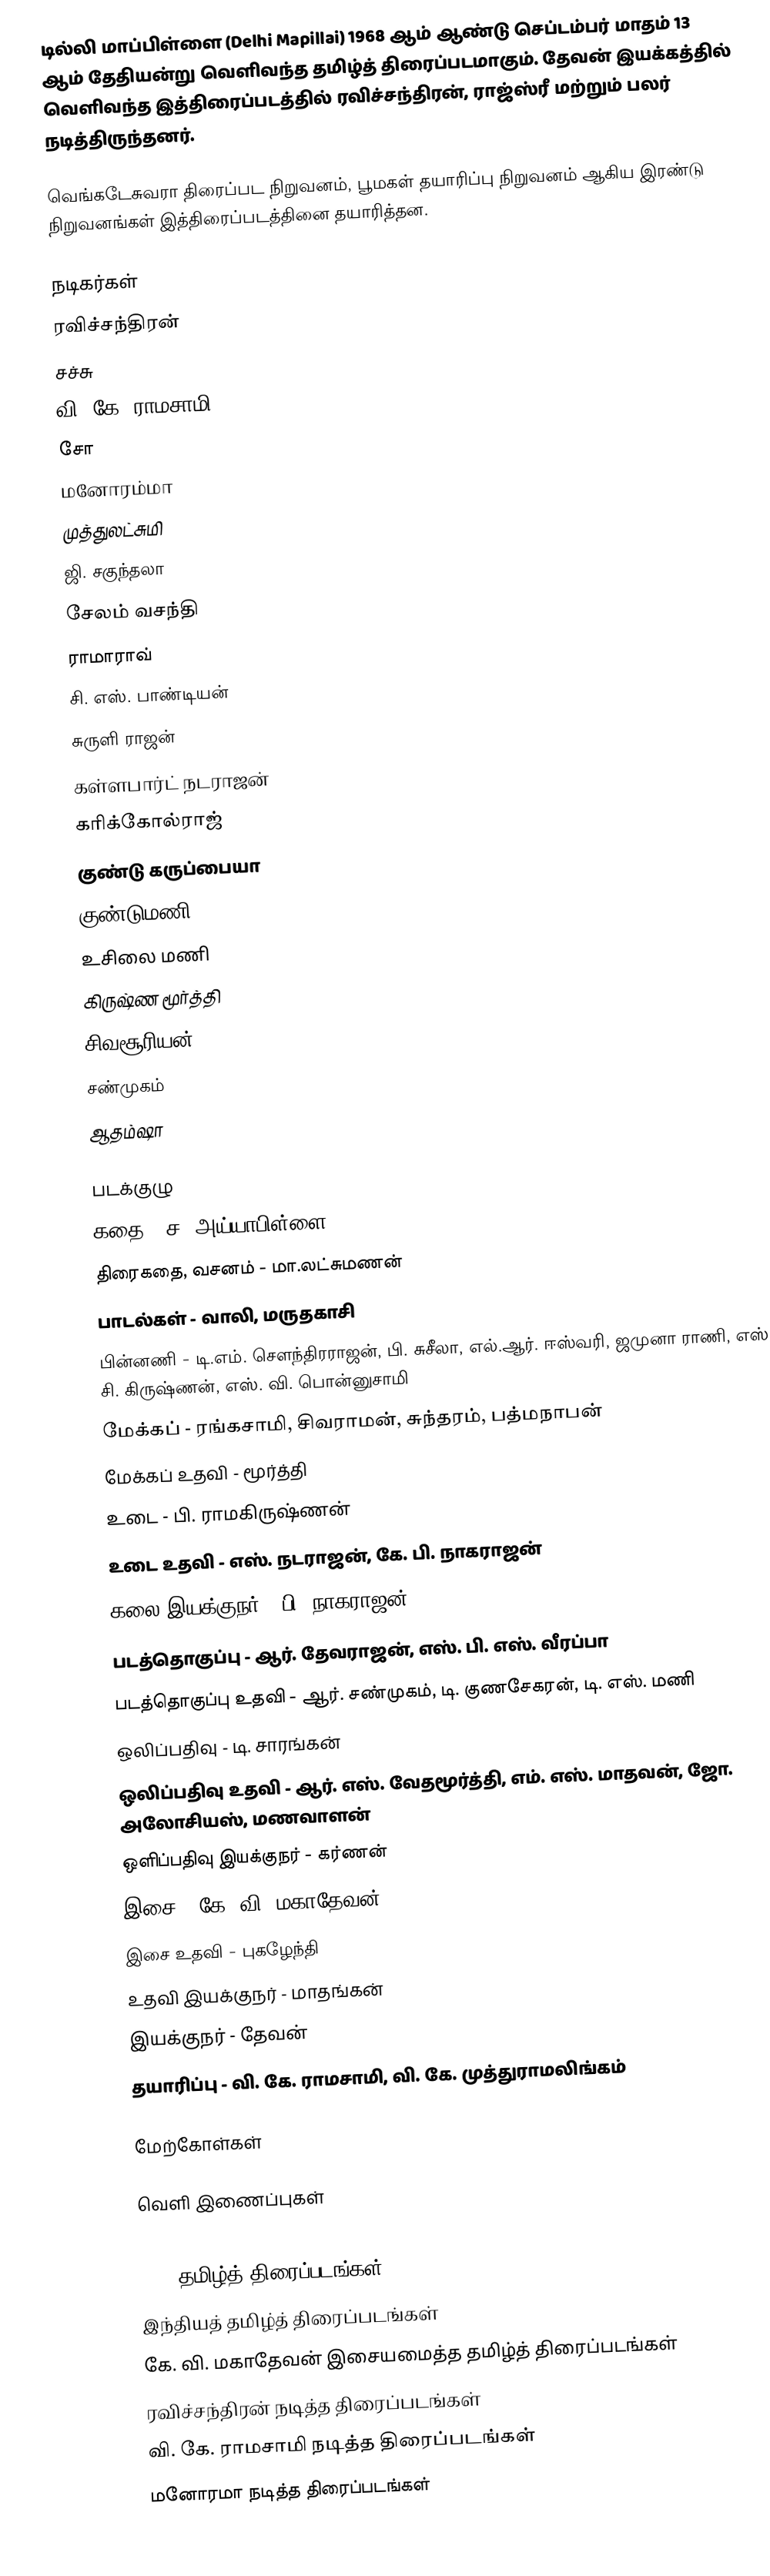
டில்லி மாப்பிள்ளை (Delhi Mapillai) 1968 ஆம் ஆண்டு செப்டம்பர் மாதம் 13 ஆம் தேதியன்று வெளிவந்த தமிழ்த் திரைப்படமாகும். தேவன் இயக்கத்தில் வெளிவந்த இத்திரைப்படத்தில் ரவிச்சந்திரன், ராஜ்ஸ்ரீ மற்றும் பலர் நடித்திருந்தனர்.

வெங்கடேசுவரா திரைப்பட நிறுவனம், பூமகள் தயாரிப்பு நிறுவனம் ஆகிய இரண்டு நிறுவனங்கள் இத்திரைப்படத்தினை தயாரித்தன.

நடிகர்கள்
 ரவிச்சந்திரன்
 சச்சு
 வி. கே. ராமசாமி
 சோ
 மனோரம்மா
 முத்துலட்சுமி
 ஜி. சகுந்தலா
 சேலம் வசந்தி
 ராமாராவ்
 சி. எஸ். பாண்டியன்
 சுருளி ராஜன்
 கள்ளபார்ட் நடராஜன்
 கரிக்கோல்ராஜ்
 குண்டு கருப்பையா
 குண்டுமணி
 உசிலை மணி
 கிருஷ்ண மூர்த்தி
 சிவசூரியன்
 சண்முகம்
 ஆதம்ஷா

படக்குழு
 கதை - ச. அய்யாபிள்ளை
 திரைகதை, வசனம் - மா.லட்சுமணன்
 பாடல்கள் - வாலி, மருதகாசி
 பின்னணி - டி.எம். சௌந்திரராஜன், பி. சுசீலா, எல்.ஆர். ஈஸ்வரி, ஜமுனா ராணி, எஸ். சி. கிருஷ்ணன், எஸ். வி. பொன்னுசாமி
 மேக்கப் - ரங்கசாமி, சிவராமன், சுந்தரம், பத்மநாபன்
 மேக்கப் உதவி - மூர்த்தி
 உடை - பி. ராமகிருஷ்ணன்
 உடை உதவி - எஸ். நடராஜன், கே. பி. நாகராஜன்
 கலை இயக்குநர் - பி. நாகராஜன்
 படத்தொகுப்பு - ஆர். தேவராஜன், எஸ். பி. எஸ். வீரப்பா
 படத்தொகுப்பு உதவி - ஆர். சண்முகம், டி. குணசேகரன், டி. எஸ். மணி
 ஒலிப்பதிவு - டி. சாரங்கன்
 ஒலிப்பதிவு உதவி - ஆர். எஸ். வேதமூர்த்தி, எம். எஸ். மாதவன், ஜோ. அலோசியஸ், மணவாளன்
 ஒளிப்பதிவு இயக்குநர் - கர்ணன்
 இசை - கே. வி. மகாதேவன்
 இசை உதவி - புகழேந்தி
 உதவி இயக்குநர் - மாதங்கன்
 இயக்குநர் - தேவன்
 தயாரிப்பு - வி. கே. ராமசாமி, வி. கே. முத்துராமலிங்கம்

மேற்கோள்கள்

வெளி இணைப்புகள்

1968 தமிழ்த் திரைப்படங்கள்
இந்தியத் தமிழ்த் திரைப்படங்கள்
கே. வி. மகாதேவன் இசையமைத்த தமிழ்த் திரைப்படங்கள்
ரவிச்சந்திரன் நடித்த திரைப்படங்கள்
வி. கே. ராமசாமி நடித்த திரைப்படங்கள்
மனோரமா நடித்த திரைப்படங்கள்